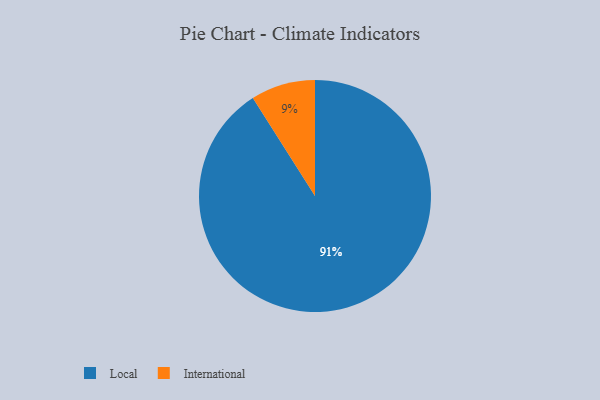
{"axis": {"x": "Category", "y": "Percentage"}, "legend": ["International", "Local"], "data": [{"x": "Local", "y": 91, "type": "Local"}, {"x": "International", "y": 9, "type": "International"}]}